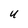
Character: U